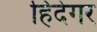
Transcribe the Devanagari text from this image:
हिदेगर